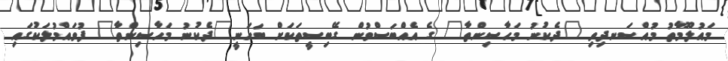
މައުލޫމާތު މުއްސަނދިވި "ދެކުނު މަހާސިންތާ" ގެ އެއްބަސްވުން ގޭބިސީތަކަށް ބަހަނީ"ދެކުނު މަހާސިންތާ" ފުވައްމުލަކުގައި